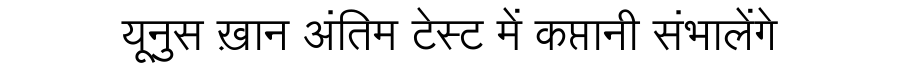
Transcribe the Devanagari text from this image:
यूनुस ख़ान अंतिम टेस्ट में कप्तानी संभालेंगे